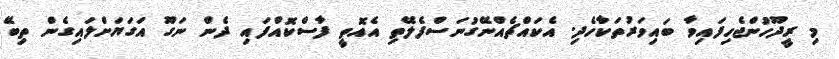
މި ރީދޫހުންޖެހިފައިވާ ބައިވަރުތަކާހެދި. އެކައްޗެއްނޭގުނަސްފެލޭތި އެއޮތީ ފާސްކޮއްފައި ދެން ނަގޫ އަގަޔަށްލައިގެން ތިބޭ